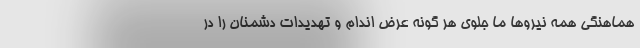
هماهنگی همه نیروها ما جلوی هر گونه عرض اندام و تهدیدات دشمنان را در